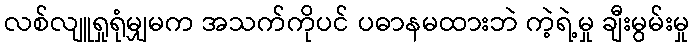
လစ်လျူရှုရုံမျှမက အသက်ကိုပင် ပဓာနမထားဘဲ ကဲ့ရဲ့မှု ချီးမွမ်းမှု